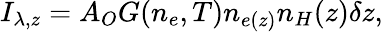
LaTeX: I_{\lambda,z}=A_{O}G(n_{e},T)n_{e(z)}n_{H}(z)\delta z,